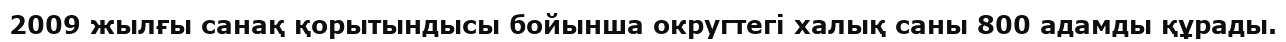
2009 жылғы санақ қорытындысы бойынша округтегі халық саны 800 адамды құрады.